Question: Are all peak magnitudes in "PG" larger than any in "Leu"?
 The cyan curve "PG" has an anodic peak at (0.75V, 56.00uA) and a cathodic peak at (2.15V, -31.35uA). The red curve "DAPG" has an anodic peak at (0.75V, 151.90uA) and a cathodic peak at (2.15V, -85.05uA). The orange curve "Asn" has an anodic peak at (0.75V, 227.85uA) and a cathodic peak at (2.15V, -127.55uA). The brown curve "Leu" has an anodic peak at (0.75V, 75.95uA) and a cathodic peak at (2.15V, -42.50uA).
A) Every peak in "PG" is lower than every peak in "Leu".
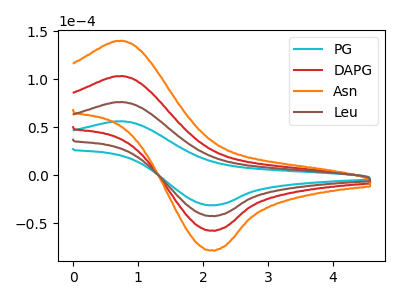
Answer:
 <answer>A) Every peak in "PG" is lower than every peak in "Leu".</answer>
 <eval>A</eval>